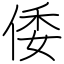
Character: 倭